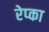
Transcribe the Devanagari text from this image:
रेप्का